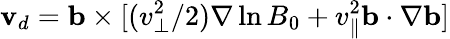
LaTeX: \mathbf{v}_{d}=\mathbf{b}\times[(v_{\perp}^{2}/2)\nabla\ln B_{0}+v_{\parallel}^{2}\mathbf{b}\cdot\nabla\mathbf{b}]